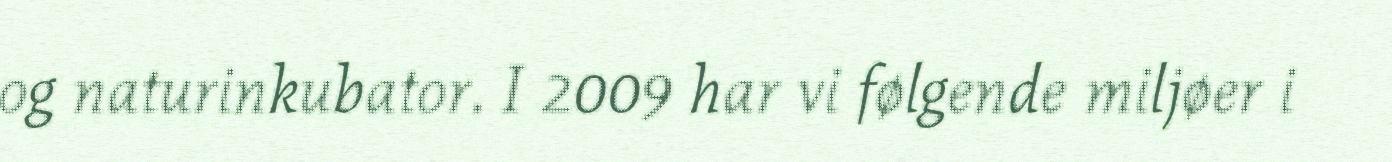
og naturinkubator. I 2009 har vi følgende miljøer i